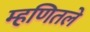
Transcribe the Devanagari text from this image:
म्हणितले